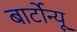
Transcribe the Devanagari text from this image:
बार्टोन्यू